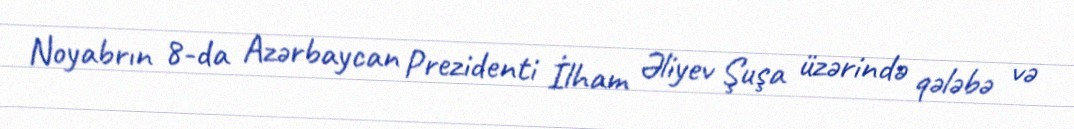
Noyabrın 8-da Azərbaycan Prezidenti İlham Əliyev Şuşa üzərində qələbə və